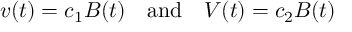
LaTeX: v ( t ) = c _ { 1 } B ( t ) \quad \mathrm { a n d } \quad V ( t ) = c _ { 2 } B ( t )